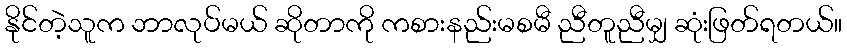
နိုင်တဲ့သူက ဘာလုပ်မယ် ဆိုတာကို ကစားနည်းမစမီ ညီတူညီမျှ ဆုံးဖြတ်ရတယ်။